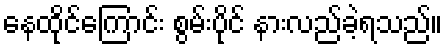
နေထိုင်ကြောင်း စွမ်းပိုင် နားလည်ခဲ့ရသည်။